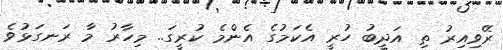
ރޭވިއިރު ތި އަދީބު ހުރީ އެކަމުގެ އެންމެ ކުރީގަ.. މިހާރު މާ ރަނގަޅުވެ